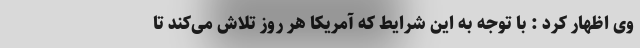
وی اظهار کرد : با توجه به این شرایط که آمریکا هر روز تلاش می‌کند تا